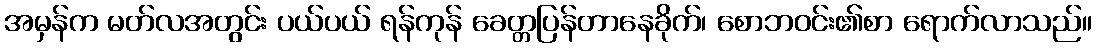
အမှန်က မတ်လအတွင်း ပယ်ပယ် ရန်ကုန် ခေတ္တပြန်တာနေခိုက်၊ စောဘဝင်း၏စာ ရောက်လာသည်။